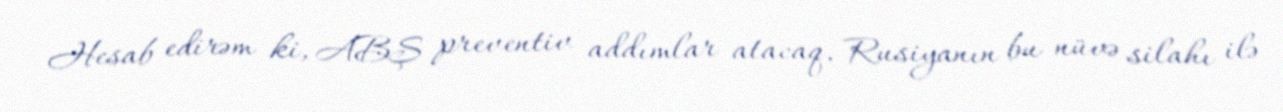
Hesab edirəm ki, ABŞ preventiv addımlar atacaq, Rusiyanın bu nüvə silahı ilə